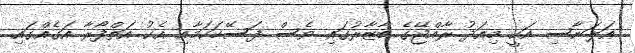
އަލަނާސި އަކީ މިއަދު ރާއްޖޭގެ ބާޒާރުގައި ވެސް ފަސޭހަކަމާއި އެކު އަތްފޯރާ އަގެއްގައި